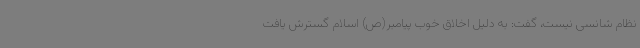
نظام شانسی نیست، گفت: به دلیل اخلاق خوب پیامبر(ص) اسلام گسترش یافت